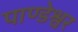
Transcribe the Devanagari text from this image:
पाण्डेश्वर